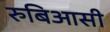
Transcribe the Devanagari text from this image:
रुबिआसी